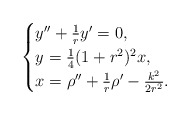
\begin{align*}\begin{cases}y''+\frac{1}{r}y'=0,\\y=\frac{1}{4}(1+r^2)^2x,\\x=\rho''+\frac{1}{r}\rho'-\frac{k^2}{2r^2}.\end{cases}\end{align*}